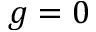
g = 0